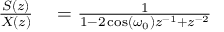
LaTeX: \begin{array} { r l } { { \frac { S ( z ) } { X ( z ) } } } & { { } = { \frac { 1 } { 1 - 2 \cos ( \omega _ { 0 } ) z ^ { - 1 } + z ^ { - 2 } } } } \end{array}